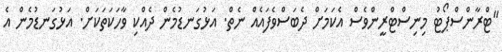
"ޓްރާންސްޕޯޓު މިނިސްޓްރީންވެސް އެކަމަށް ދެބަސްވެފައެއް ނެތް. އަޅުގަނޑުމެން ދެއްކި ވާހަކަތަކަށް. އަޅުގަނޑުމެން އެ